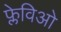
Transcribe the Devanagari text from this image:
फ्लेविओ